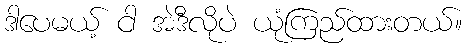
ဒါပေမယ့် ငါ အဲဒီလိုပဲ ယုံကြည်ထားတယ်။